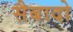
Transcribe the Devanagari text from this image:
सैबादो